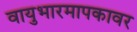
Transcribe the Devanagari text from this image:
वायुभारमापकावर